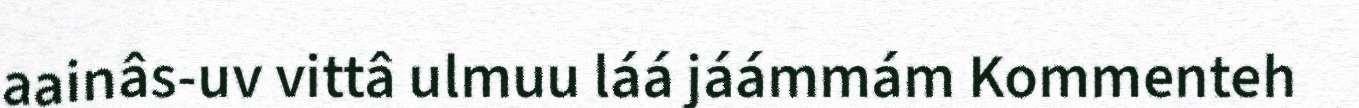
aainâs-uv vittâ ulmuu láá jáámmám Kommenteh